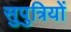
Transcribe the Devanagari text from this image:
सुपुत्रियों